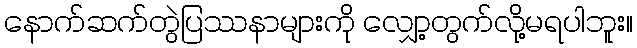
နောက်ဆက်တွဲပြဿနာများကို လျှော့တွက်လို့မရပါဘူး။